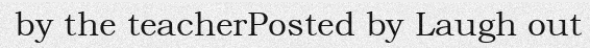
by the teacherPosted by Laugh out